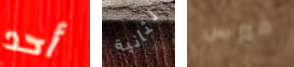
أحد لثانية فيرس